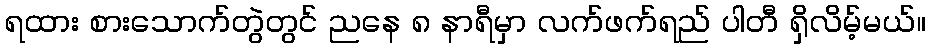
ရထား စားသောက်တွဲတွင် ညနေ ၈ နာရီမှာ လက်ဖက်ရည် ပါတီ ရှိလိမ့်မယ်။